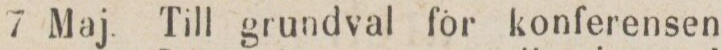
7 Maj. Till grundval för konferensen